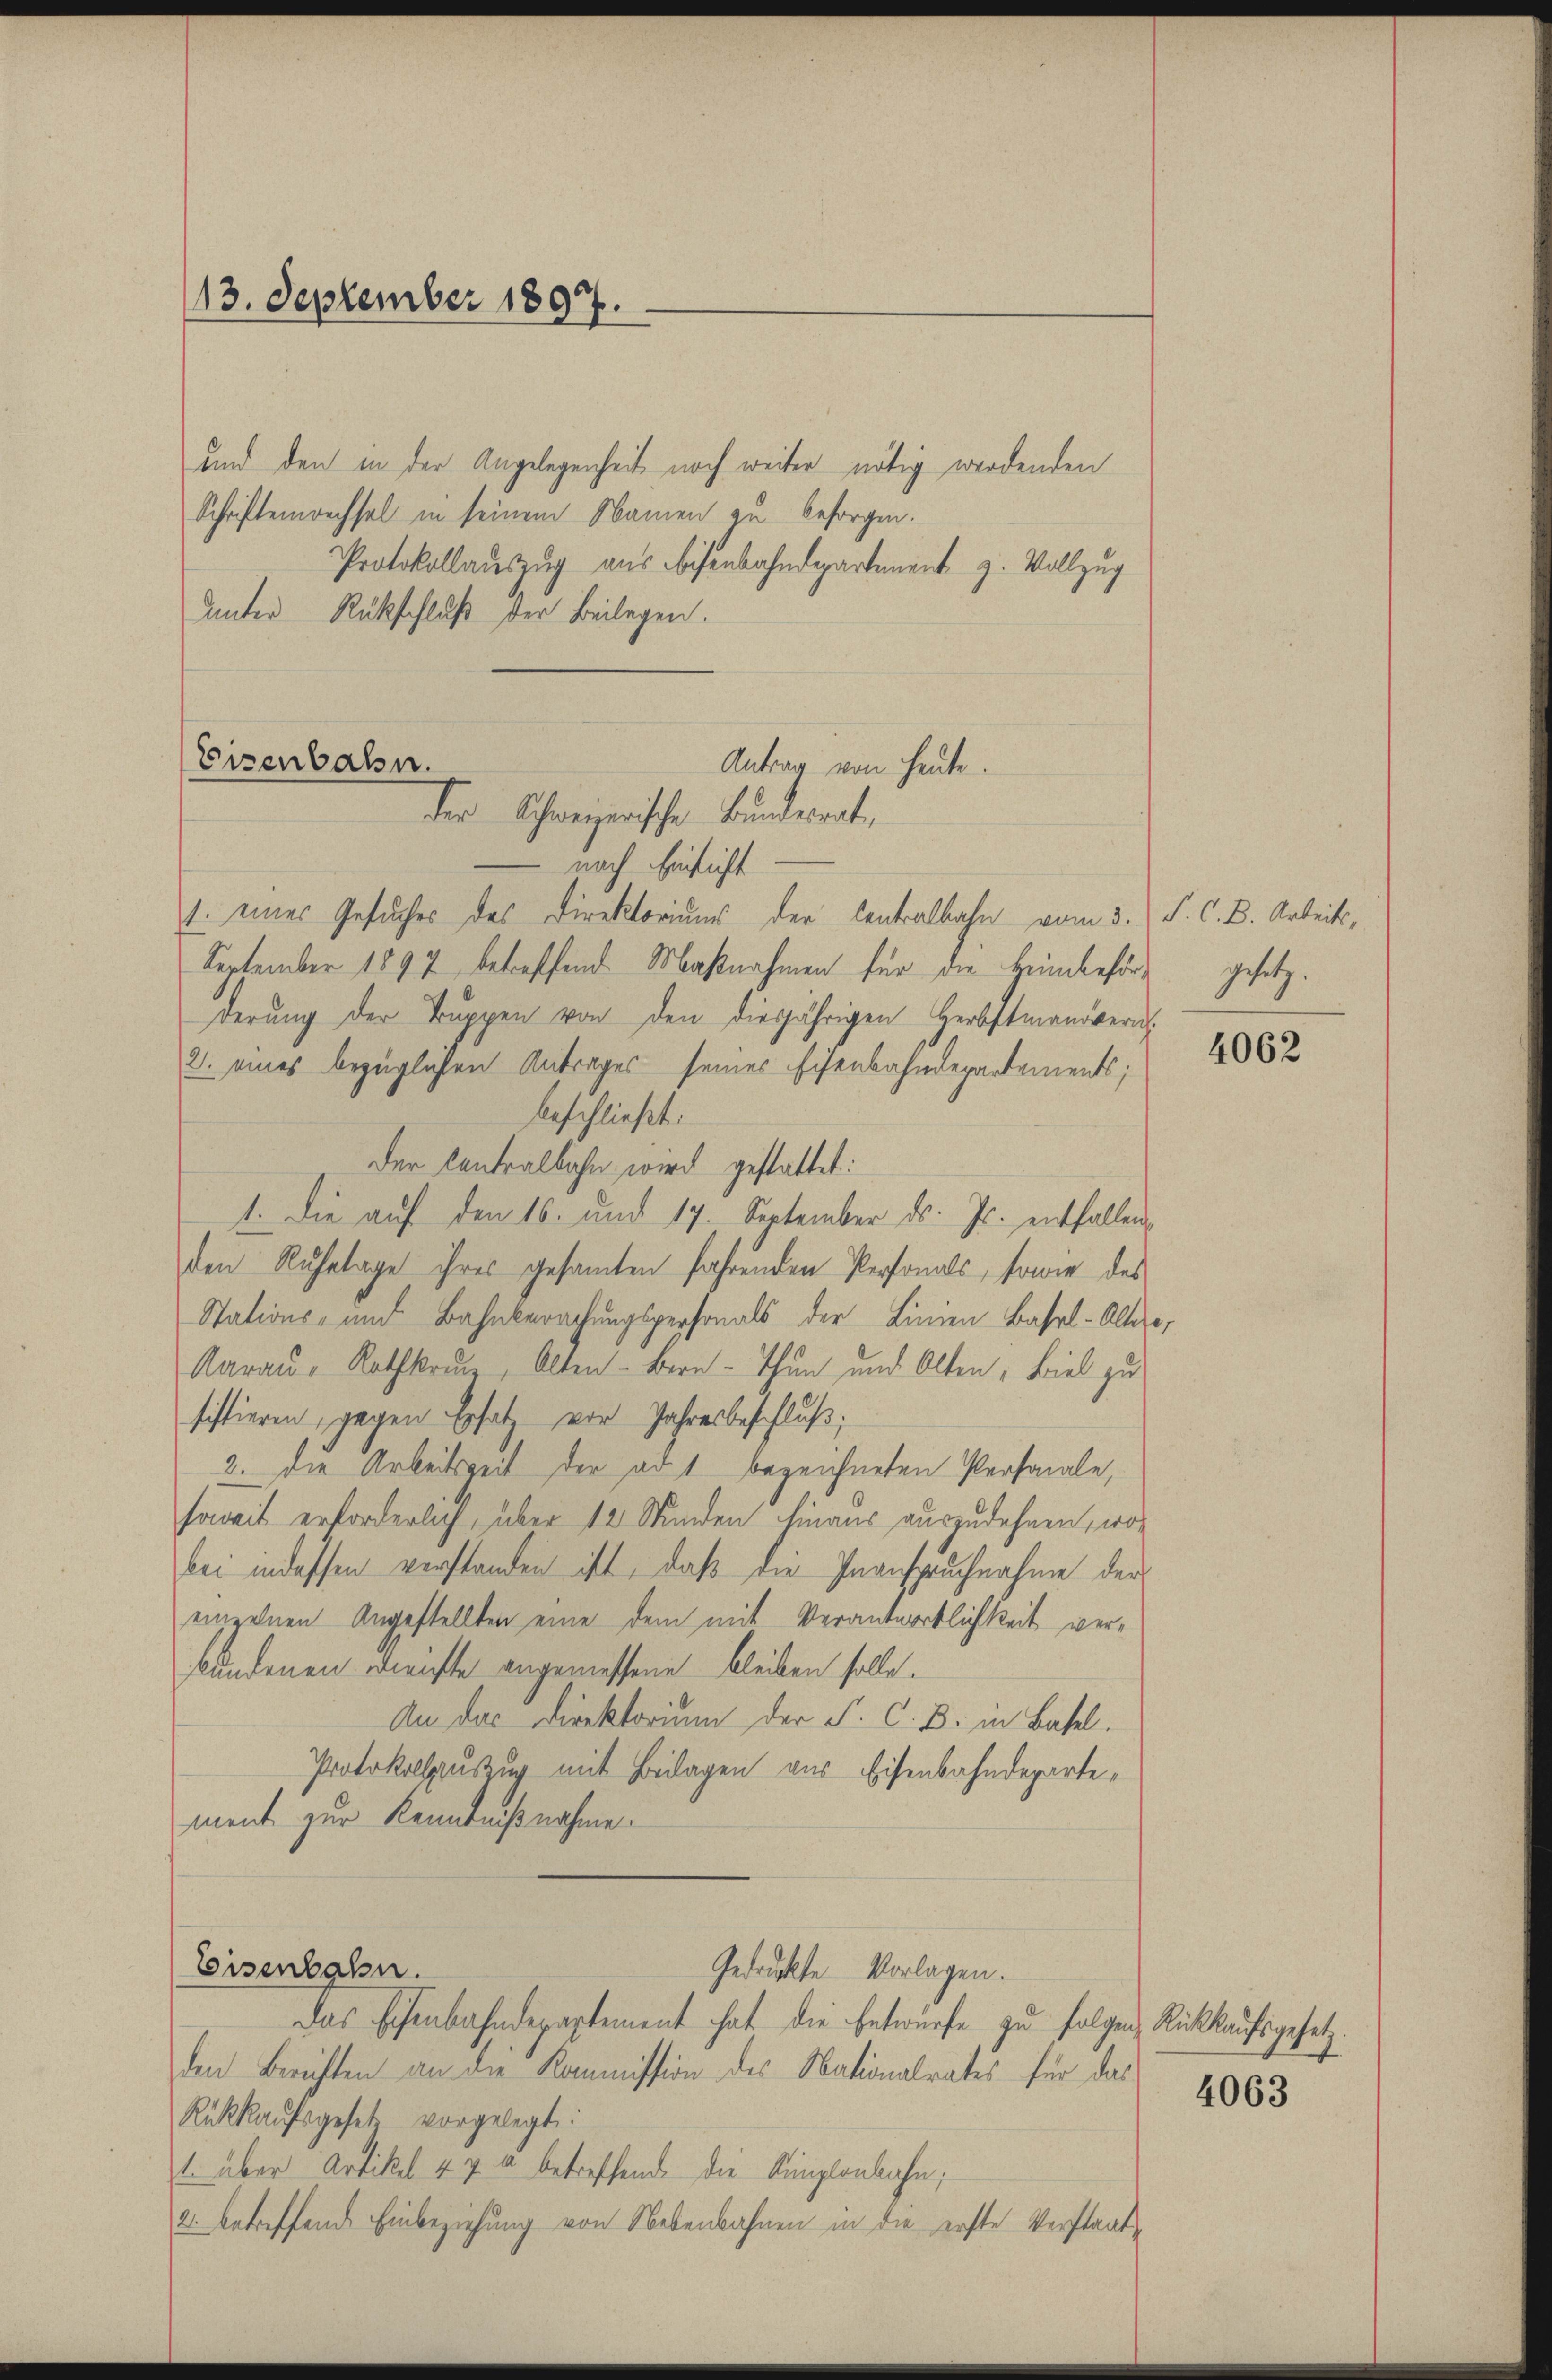
13. September 1897.

und den in der Angelegenheit noch weiter nötig werdenden
Schriftenrechsel in seinem Namen zu besorgen.
Protokollauszug aus beisenbahndepartement z. Vollzug
Unter Rückschluß der Beilagen.

Eisenbahn.
Antrag von heute.
der Schweizerische Bundesrat

nach Einsicht
1. eines Gesuches des Direktoriums der Centralbahn vom 3. S. C. B. Arbeits,
September 1897 betreffend Maßnahmen für die Heimbeförderŭng der Trŭppen von den diesjährigen Herbstmanövern
2. eines bezüglichen Antrages seines Eisenbahndepartements;
beschließt:
Der Centralbahn wird gestattet:
1. Die auf den 16. und 17. September ds. Js. entfallen
den Ruhetage ihres gesamten fahrenden Personals, sowie des
Stations- und Bahnberechungspersonals der Linien Basel-Altere,
Aarau, Rothkreuz, Alten - Bern - Thun und Alten, Biel zu
sistieren, gegen Ersatz vor Jahresbeschluß;
2. Die Arbeitszeit der ad 1 bezeichneten Personale,
soweit erforderlich über 12 Stunden hinaus auszudehnen, wor
bei indessen verstanden ist, daß die Inanspruchnahme der
einzelnen Angestellten eine dem mit Verantwortlichkeit verbundenen Dienste angemessene bleiben solle.
An das Direktorium der F. C. B. in Basel.
Protokollauszug mit Beilagen aus Eisenbahndepartement zur Kenntnißnahme.

Eisenbahn.

Gedruckte Vorlagen.

Das Eisenbahndepaptement hat die Entwurfe zu folgen, Rückkaufsgesetzden Berichten an die Kommission des Nationalrates für das
Rückkaufsgesetz vorgelegt:
t. über Artikel 470 betreffend die Ringlaubahn,
2. betreffend Einbeziehung von Nebenbahnen in die erste Verstaats¬

gesetz.

4062

4063